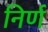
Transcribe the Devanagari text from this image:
निर्ण